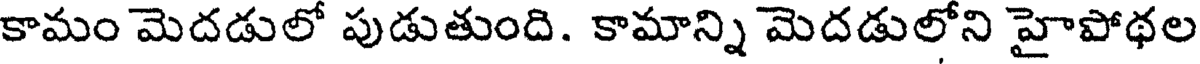
కామం మెదడులో పుడుతుంది. కామాన్ని మెదడులోని హైపోథల